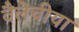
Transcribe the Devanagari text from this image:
वैलेचीया